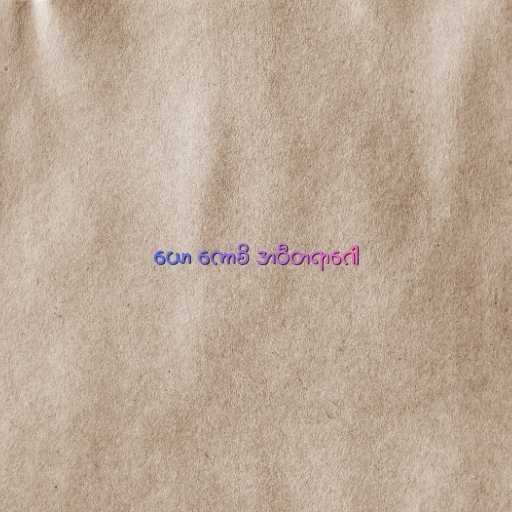
ယော ကောစိ အဝီတရာဂေါ